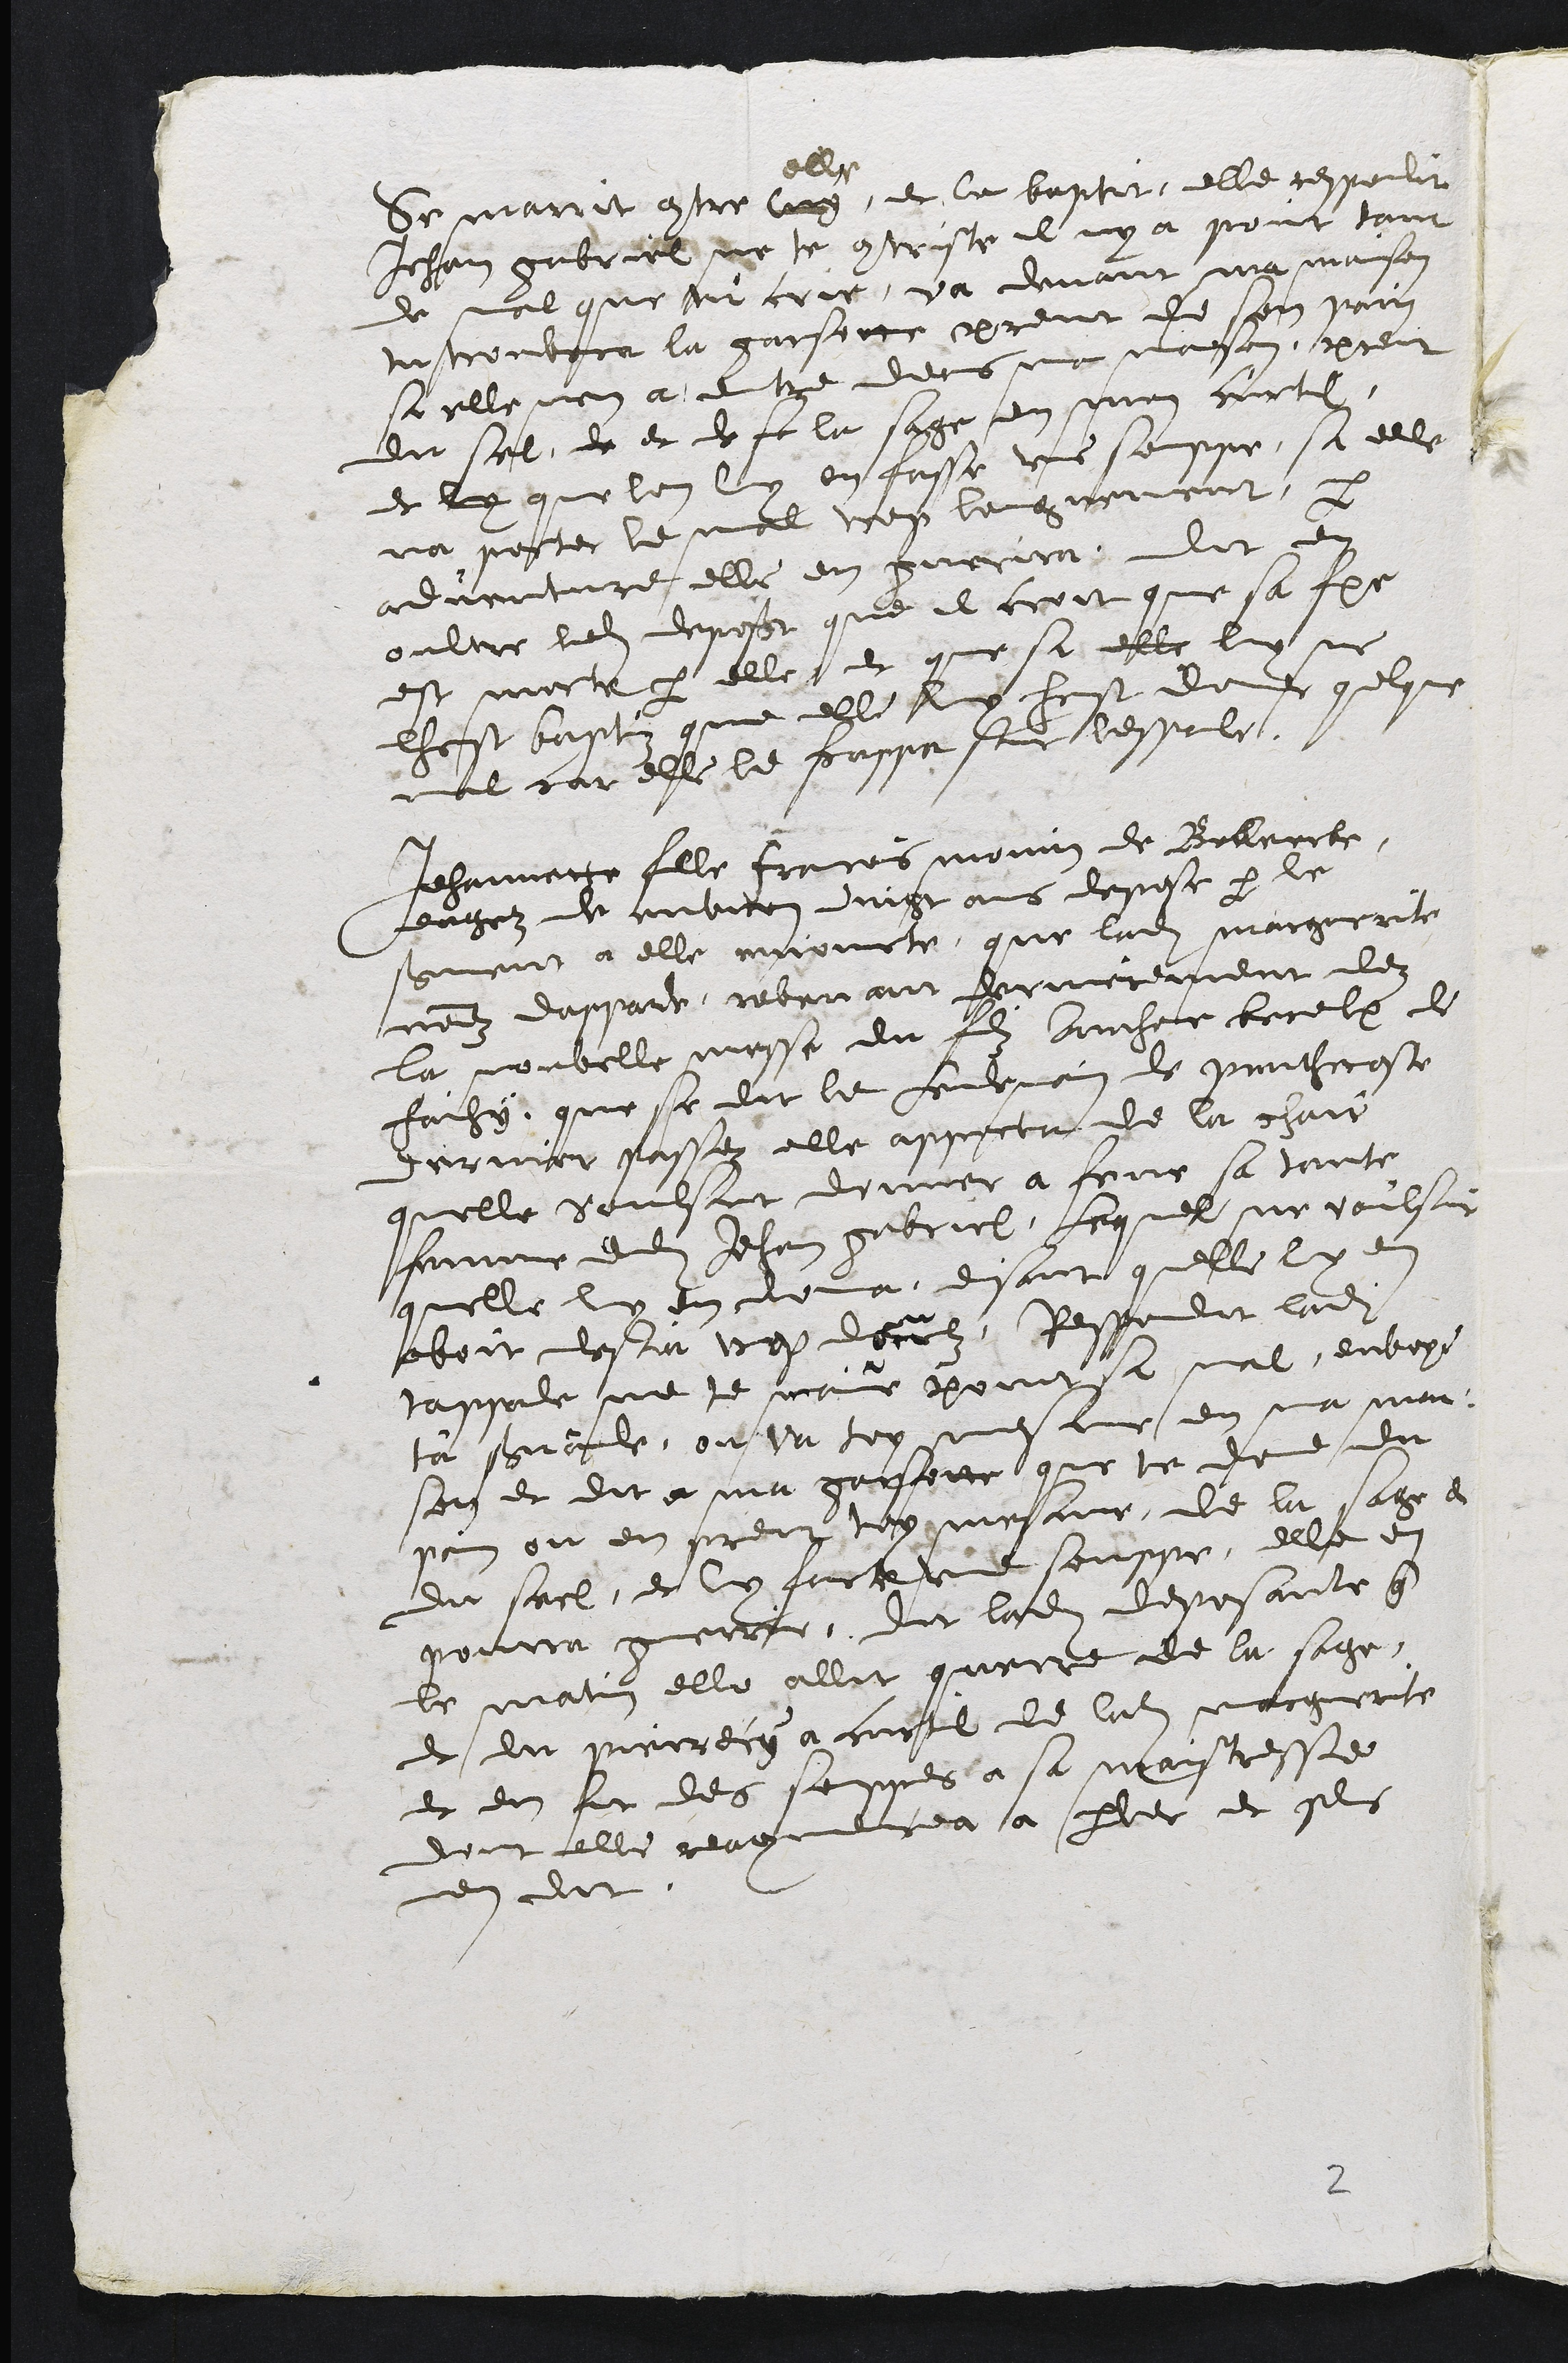
Se marrit contre lug
elle
et le baptit, elle responlit
Jehan gabriel ne te contriste il ny a poit tant
de nal que t crie, va devant ma maison
tustrouvvra la garsone prent de son pain
si elle mon a entre ders ma maigon, prent
du sel de et de se la sage en men curtil.
et ly que lon luy en fasse une souppe, a elle
na porter le mal trop longuement, par
adventure elle en guerira, dit en
oultre ledit deposant que il croit que sa fmme
est morte par elle et que si elle luy ne
lhost bapt que elle luy fust dondt quelque
mal car elle le pappe sur lespale.
Jehannette fille fracois monin de Bollercle,
seugez de envicon dungt ans depose par le
serment a elle emourté que ladite marguerite
nomdz darpade, revenant dernierement dez
la norbelle messe du fils Aoucher becelx de
faihy, que se dit le Lenvnain de penchecoste
dernier passez elle apporta de la chair
quelle voulsut donner a fene sa tante
femme dudit Jehan gabriel, Lequel ne voulsir
quelle ly en doma, disant quelle ly en
aboit desja uep decilz, Respedit ladite
tappale ne te mair point sa mal, envoye
ta serrande, ou va loy mesme en na mai-
son et dit a ma garsotte que te dene du
pain ou en freit toy mesme, de la sage et
du siel, et ly facte une souppe, elle en
gouvra guerrre, dit ladite deposante que
le matin elle allit querre de la sage,
et du pierrecy a curte de ladite marguerite
et en fit des soines a sa maistresse
dont elle reacmvecea à parver et sls
en dit.